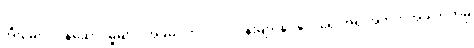
အီးမေးလ်ဝန်ဆောင်မှုများ၊ အခမဲ့ဝက်ဘ်လုပ်ငန်းများနှင့်နိုင်ငံရေးအရ အတိုက်အခံ ဘက်မှ